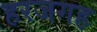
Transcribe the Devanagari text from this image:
हरजगह